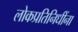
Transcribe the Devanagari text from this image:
लोकप्रतिनिधींना